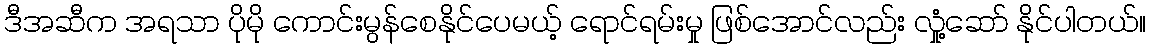
ဒီအဆီက အရသာ ပိုမို ကောင်းမွန်စေနိုင်ပေမယ့် ရောင်ရမ်းမှု ဖြစ်အောင်လည်း လှုံ့ဆော် နိုင်ပါတယ်။